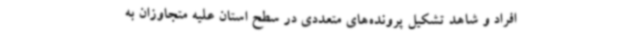
افراد و شاهد تشکیل پرونده‌های متعددی در سطح استان علیه متجاوزان به